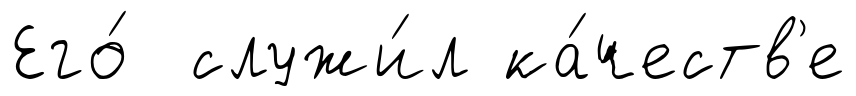
Его́ служи́л ка́честв'е